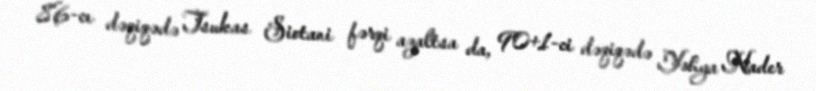
86-cı dəqiqədə Tsukas Siotani fərqi azaltsa da, 90+1-ci dəqiqədə Yəhya Nader